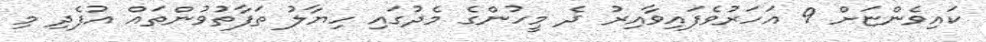
ކައިވެންޏަށް 9 އަހަރުވެފައިވާއިރު ދެ މީހުންގެ މެދުގައި ހިޔާލު ތަފާތުވުންތައް އުފެދި މި